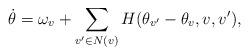
LaTeX: \begin{align*}\dot{\theta} = \omega_v + \sum_{v' \in N(v)} H(\theta_{v'} - \theta_v,v,v'),\end{align*}